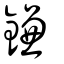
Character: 鎌